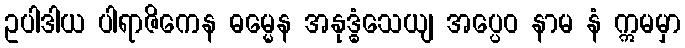
ဥပါဒါယ ပါရာဇိကေန ဓမ္မေန အနုဒ္ဓံသေယျ အပ္ပေဝ နာမ နံ ဣမမှာ